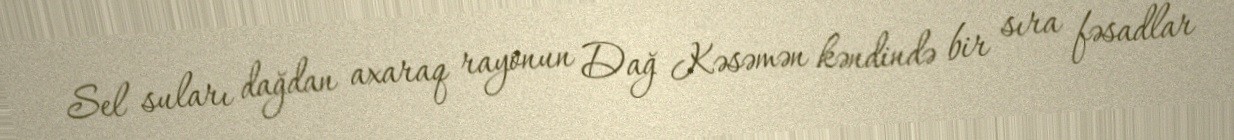
Sel suları dağdan axaraq rayonun Dağ Kəsəmən kəndində bir sıra fəsadlar